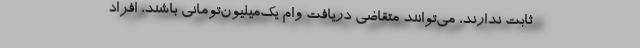
ثابت ندارند، می‌توانند متقاضی دریافت وام یک‌میلیون‌تومانی باشند، افراد